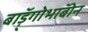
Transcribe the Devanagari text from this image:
बाॅड़्गोभाॅबोन